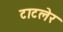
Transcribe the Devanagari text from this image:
टाटलेर